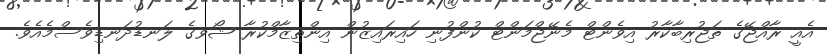
އެއީ ރާއްޖޭގެ ތަޖުރިބާކާރު އިވެންޓް މެނޭޖްމަންޓް ކުންފުނި ހައިރައިޒުން އިންތިޒާމްކުރާ ޝޯވގެ ލަނޑުދަނޑިވެސްމެއެވެ.